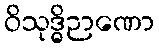
ဝိသုဒ္ဓိဉာဏော